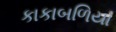
કાકાબળિયા